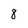
Character: 8